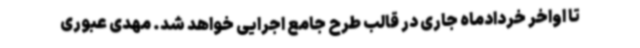
تا اواخر خردادماه جاری در قالب طرح جامع اجرایی خواهد شد. مهدی عبوری